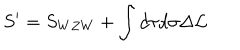
S ^ { \prime } = S _ { W Z W } + \int d \tau d \sigma \Delta { \cal L }